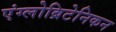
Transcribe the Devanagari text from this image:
एंग्लोब्रिटेनिकन